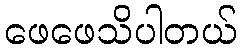
ဖေဖေသိပါတယ်